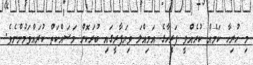
މި ހުރިހާ ކަމެއް ކުރެއްވީ ފަރީހާގެ އަމިއްލަ ވިޔަފާރީގައި ބުރަކޮށް މަސައްކަތް ކުރައްވަމުންނެވެ.